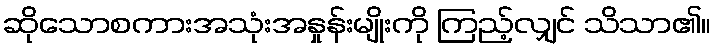
ဆိုသောစကားအသုံးအနှုန်းမျိုးကို ကြည့်လျှင် သိသာ၏။